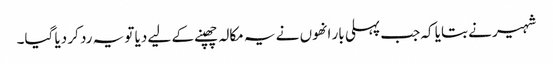
شہیر نے بتایا کہ جب پہلی بار انھوں نے یہ مکالہ چھپنے کے لیے دیا تو یہ رد کر دیا گیا۔